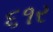
૬૧ર